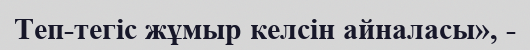
Теп-тегіс жұмыр келсін айналасы», -